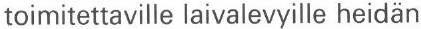
toimitettaville laivalevyille heidän